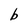
Character: b